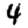
Digit: 4